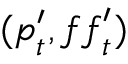
( \boldsymbol { p } _ { t } ^ { \prime } , \boldsymbol { f f } _ { t } ^ { \prime } )